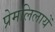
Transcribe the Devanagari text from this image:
प्रेमलिलायें